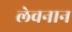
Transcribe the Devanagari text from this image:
लेवनान